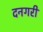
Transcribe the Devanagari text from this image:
दनगरी